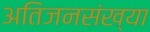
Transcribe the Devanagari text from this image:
अतिजनसंख्या